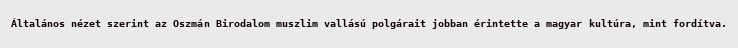
Általános nézet szerint az Oszmán Birodalom muszlim vallású polgárait jobban érintette a magyar kultúra, mint fordítva.